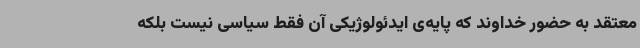
معتقد به حضور خداوند که پایه‌ی ایدئولوژیکی آن فقط سیاسی نیست بلکه